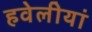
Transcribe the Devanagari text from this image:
हवेलीयां